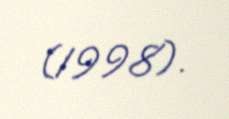
(1998).